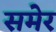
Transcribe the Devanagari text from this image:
समेर